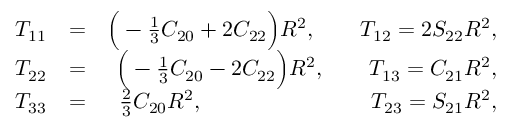
\begin{array} { r l r } { { \cal T } _ { 1 1 } } & { = } & { \Big ( - { \textstyle \frac { 1 } { 3 } } C _ { 2 0 } + 2 C _ { 2 2 } \Big ) R ^ { 2 } , \qquad { \cal T } _ { 1 2 } = 2 S _ { 2 2 } R ^ { 2 } , } \\ { { \cal T } _ { 2 2 } } & { = } & { \Big ( - { \textstyle \frac { 1 } { 3 } } C _ { 2 0 } - 2 C _ { 2 2 } \Big ) R ^ { 2 } , \qquad { \cal T } _ { 1 3 } = C _ { 2 1 } R ^ { 2 } , } \\ { { \cal T } _ { 3 3 } } & { = } & { { \textstyle \frac { 2 } { 3 } } C _ { 2 0 } R ^ { 2 } , \qquad \qquad \qquad \quad ~ ~ { \cal T } _ { 2 3 } = S _ { 2 1 } R ^ { 2 } , } \end{array}